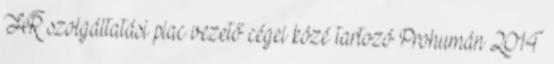
HR szolgáltatási piac vezető cégei közé tartozó Prohumán 2014